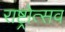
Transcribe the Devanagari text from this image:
राष्ट्रोत्सव